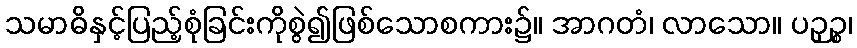
သမာဓိနှင့်ပြည့်စုံခြင်းကိုစွဲ၍ဖြစ်သောစကား၌။ အာဂတံ၊ လာသော။ ပဉှဉ္စ၊